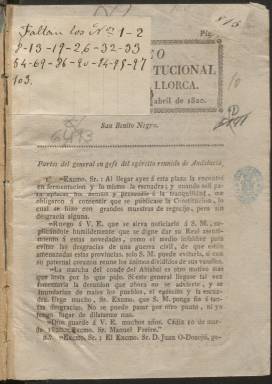
Título: Correo constitucional de Mallorca
Otros títulos: Correo extraordinario de Mallorca || Correo extraordinario de Mallorca
Colección: Periódicos anteriores a 1850
Ámbito geográfico: Baleares
Lugar de publicación: Palma
Fechas: 03/04/1820-13/07/1820